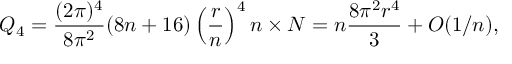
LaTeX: Q _ { 4 } = \frac { ( 2 \pi ) ^ { 4 } } { 8 \pi ^ { 2 } } ( 8 n + 1 6 ) \left( { \frac { r } { n } } \right) ^ { 4 } n \times N = n \frac { 8 \pi ^ { 2 } r ^ { 4 } } { 3 } + { \cal O } ( 1 / n ) ,